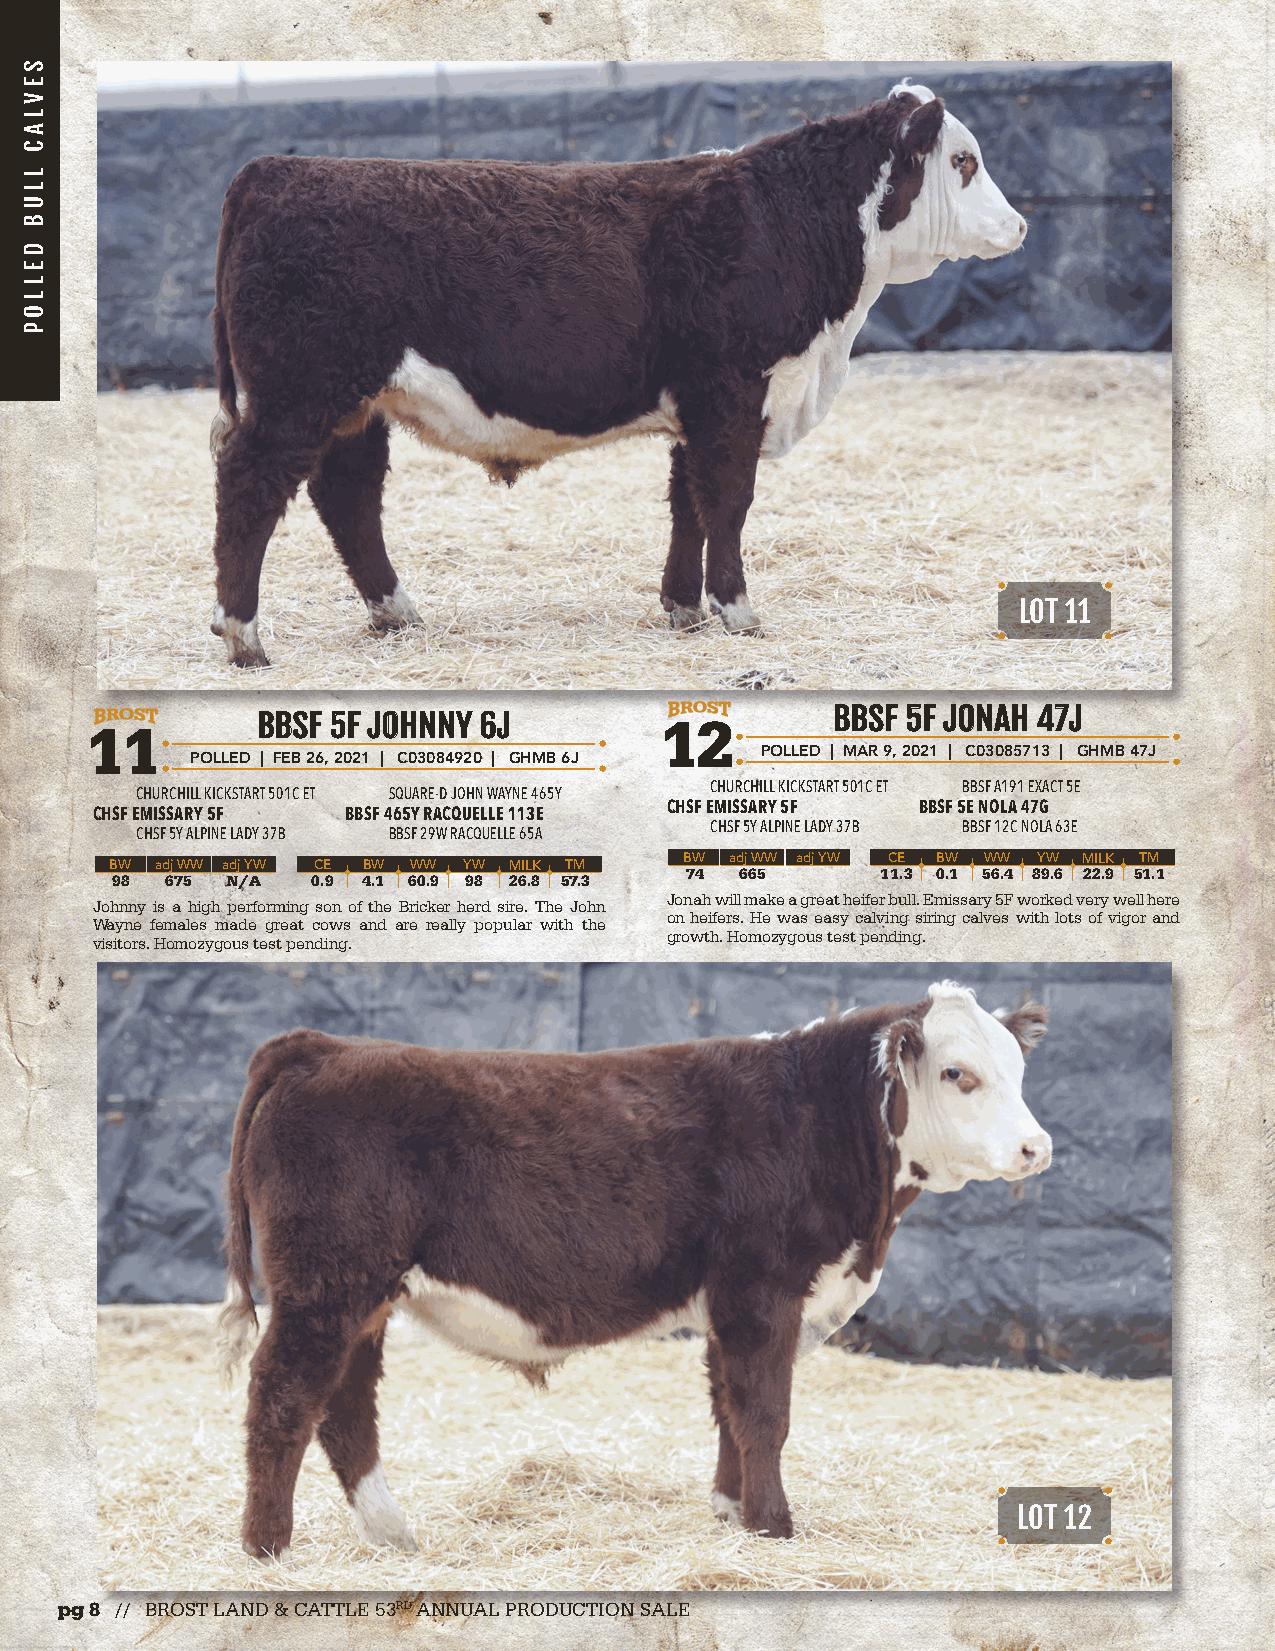
LOT 11
 BBBBSSFF 55FF JJOONNAAHH 4477JJ
 BBBBSSFF 55FF JJOOHHNNNNYY 66JJ 12
 11
 POLLED | MAR 9, 2021 | C03085713 | GHMB 47J
 POLLED | FEB 26, 2021 | C03084920 | GHMB 6J
 CHURCHILL KICKSTART 501C ET BBSF A191 EXACT 5E
 CHURCHILL KICKSTART 501C ET SQUARE-D JOHN WAYNE 465Y
 CHSF EMISSARY 5F BBSF 5E NOLA 47G
 CHSF EMISSARY 5F BBSF 465Y RACQUELLE 113E
 CHSF 5Y ALPINE LADY 37B BBSF 12C NOLA 63E
 CHSF 5Y ALPINE LADY 37B BBSF 29W RACQUELLE 65A
 BW adj WW adj YW CE BW WW YW MILK TM  B 7W 4 ad 6j 6W 5W adj YW 1C 1E .3 0B .W 1 5W 6W .4 8Y 9W .6 M 22IL .9K 5T 1M .1
 98  675 N/A   0.9 4.1 60.9 98 26.8 57.3
 Jonah will make a great heifer bull. Emissary 5F worked very well here
 Johnny is a high performing son of the Bricker herd sire. The John
 on heifers. He was easy calving siring calves with lots of vigor and
 Wayne females made great cows and are really popular with the
 growth. Homozygous test pending.
 visitors. Homozygous test pending.
 LOT 12
 pg 8 // BROST LAND & CATTLE 53RD ANNUAL PRODUCTION SALE
 SEVLAC
 LLUB
 DELLOP